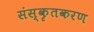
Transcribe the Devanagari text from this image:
संस्कृतकरण